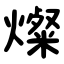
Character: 燦